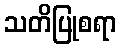
သတိပြုစရာ